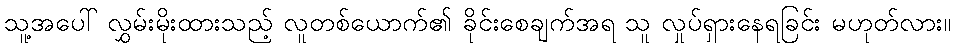
သူ့အပေါ် လွှမ်းမိုးထားသည့် လူတစ်ယောက်၏ ခိုင်းစေချက်အရ သူ လှုပ်ရှားနေရခြင်း မဟုတ်လား။